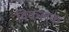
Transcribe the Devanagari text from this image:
विकलक